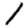
Digit: 1